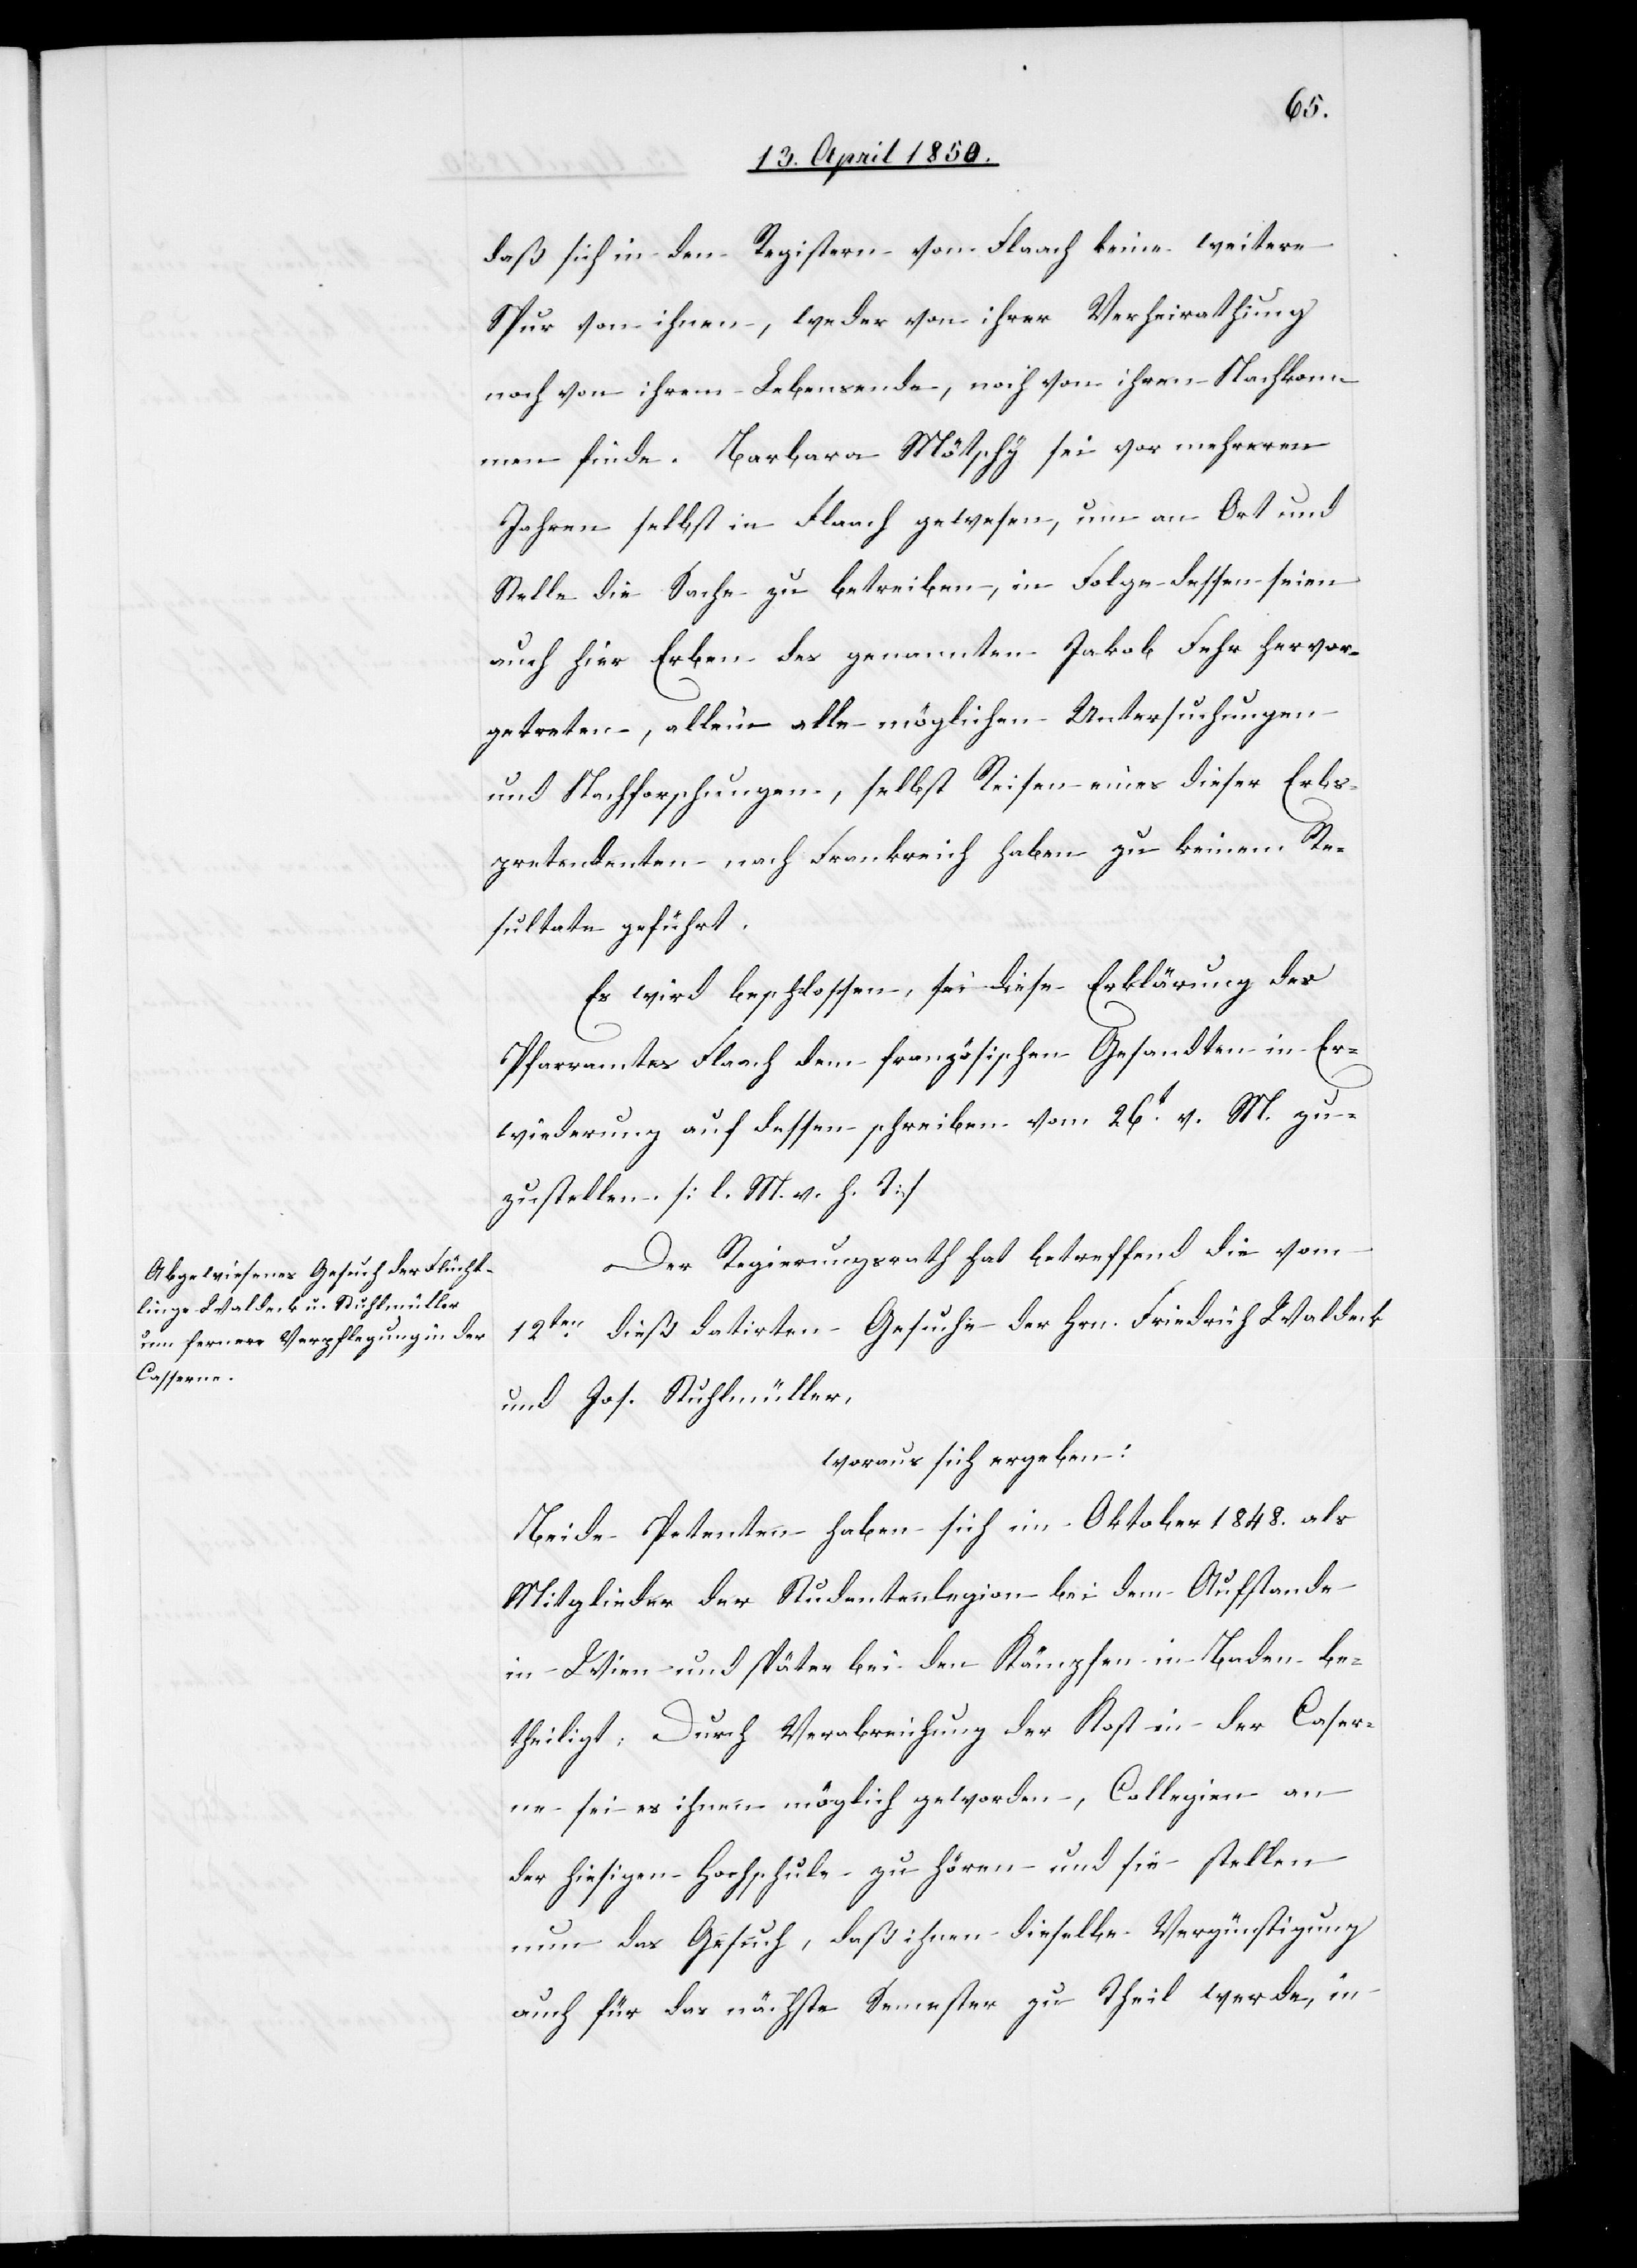
daß sich in den Registern von Flaach keine weitere
Spur von ihrem Lebensende, noch von ihren Nachkom¬
men finde. Barbara Mötschy sei vor mehreren
Jahren selbst in Flaach gewesen, um an Ort und
Stelle die Sache zu betreiben, in Folge dessen seien
auch hier Erben des genannten Jakob Fehr hervor¬
getreten, allein alle möglichen Untersuchungen
und Nachforschungen, selbst Reisen eines dieser Erbs¬
pretendenten nach Frankreich haben zu keinem Re¬
sultate geführt.
Es wird beschlossen, sei diese Erklärung des
Pfarramtes Flaach dem französischen Gesandten in Er¬
wiederung auf dessen schreiben vom 26t v. M. zu¬
zustellen [l. M. v. h. T.]
Der Regierungsrath hat betreffend die vom
12ten dieß datirten Gesuche der Hrn. Friedrich Waldeck
und Jos. Stuhlmüller,
woraus sich ergeben:
Beide Petenten haben sich im Oktober 1848. als
Mitglieder der Studentenlegion bei dem Aufstande
in Wien und später bei den Kämpfen in Baden be¬
theiligt: Durch Verabreichung der Kost in der Caser¬
ne sei es ihnen möglich geworden, Collegien an
der hiesigen Hochschule zu hören und sie stellen
nun das Gesuch, daß ihnen dieselbe Vergünstigung
auch für das nächste Semester zu Theil werde, in